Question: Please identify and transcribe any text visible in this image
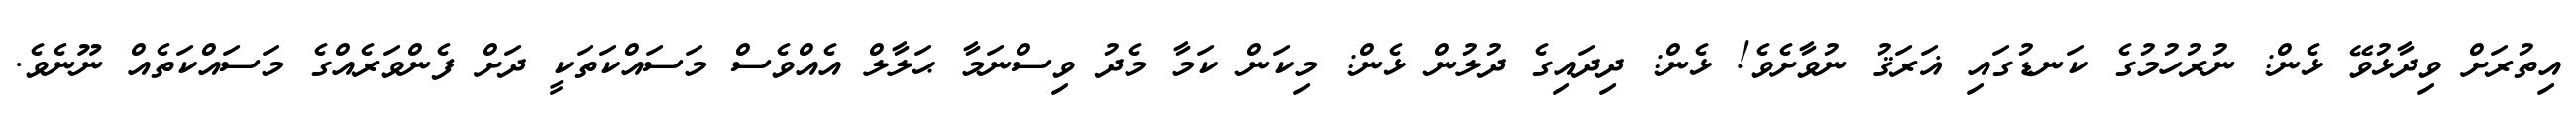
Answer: އިތުރަށް ވިދާޅުވޭ ޅެން: ނުރުހުމުގެ ކަނޑުގައި ޣަރަޤު ނުވާށެވެ! ޅެން: ދިދައިގެ ދުލުން ޅެން: މިކަން ކަމާ މެދު ވިސްނަމާ ޙަލާލް އެއްވެސް މަސައްކަތަކީ ދަށް ފެންވަރެއްގެ މަސައްކަތެއް ނޫނެވެ.